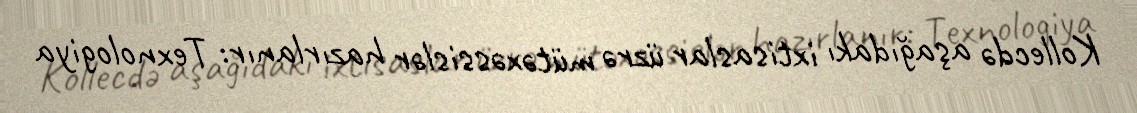
Kollecdə aşağıdakı ixtisaslar üzrə mütəxəssislər hazırlanır: Texnologiya